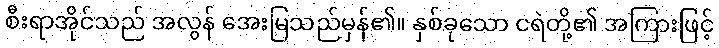
စီးရာအိုင်သည် အလွန် အေးမြသည်မှန်၏။ နှစ်ခုသော ငရဲတို့၏ အကြားဖြင့်